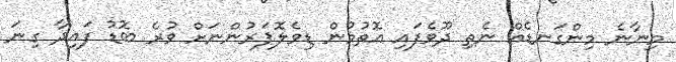
މިނާނެ މިންގަނޑެއް ނެތި ދޫވެފައި އޮތުމުން ޑިވެލޮޕަރުންނަށް ވުރެ ބޮޑު ފައިދާ ގިނަ